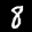
Label: 8